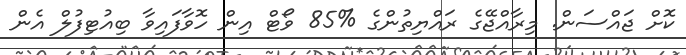
ކޮށް ޖައްސަން. މިރާއްޖޭގެ ރައްޔިތުންގެ %85 ވޯޓް އިން ހޮވާފައިވާ ބިއުޓިފުލް އެން